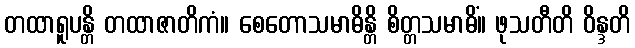
တထာရူပန္တိ တထာဇာတိကံ။ စေတောသမာဓိန္တိ စိတ္တသမာဓိံ။ ဖုသတီတိ ဝိန္ဒတိ